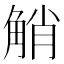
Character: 𧣪